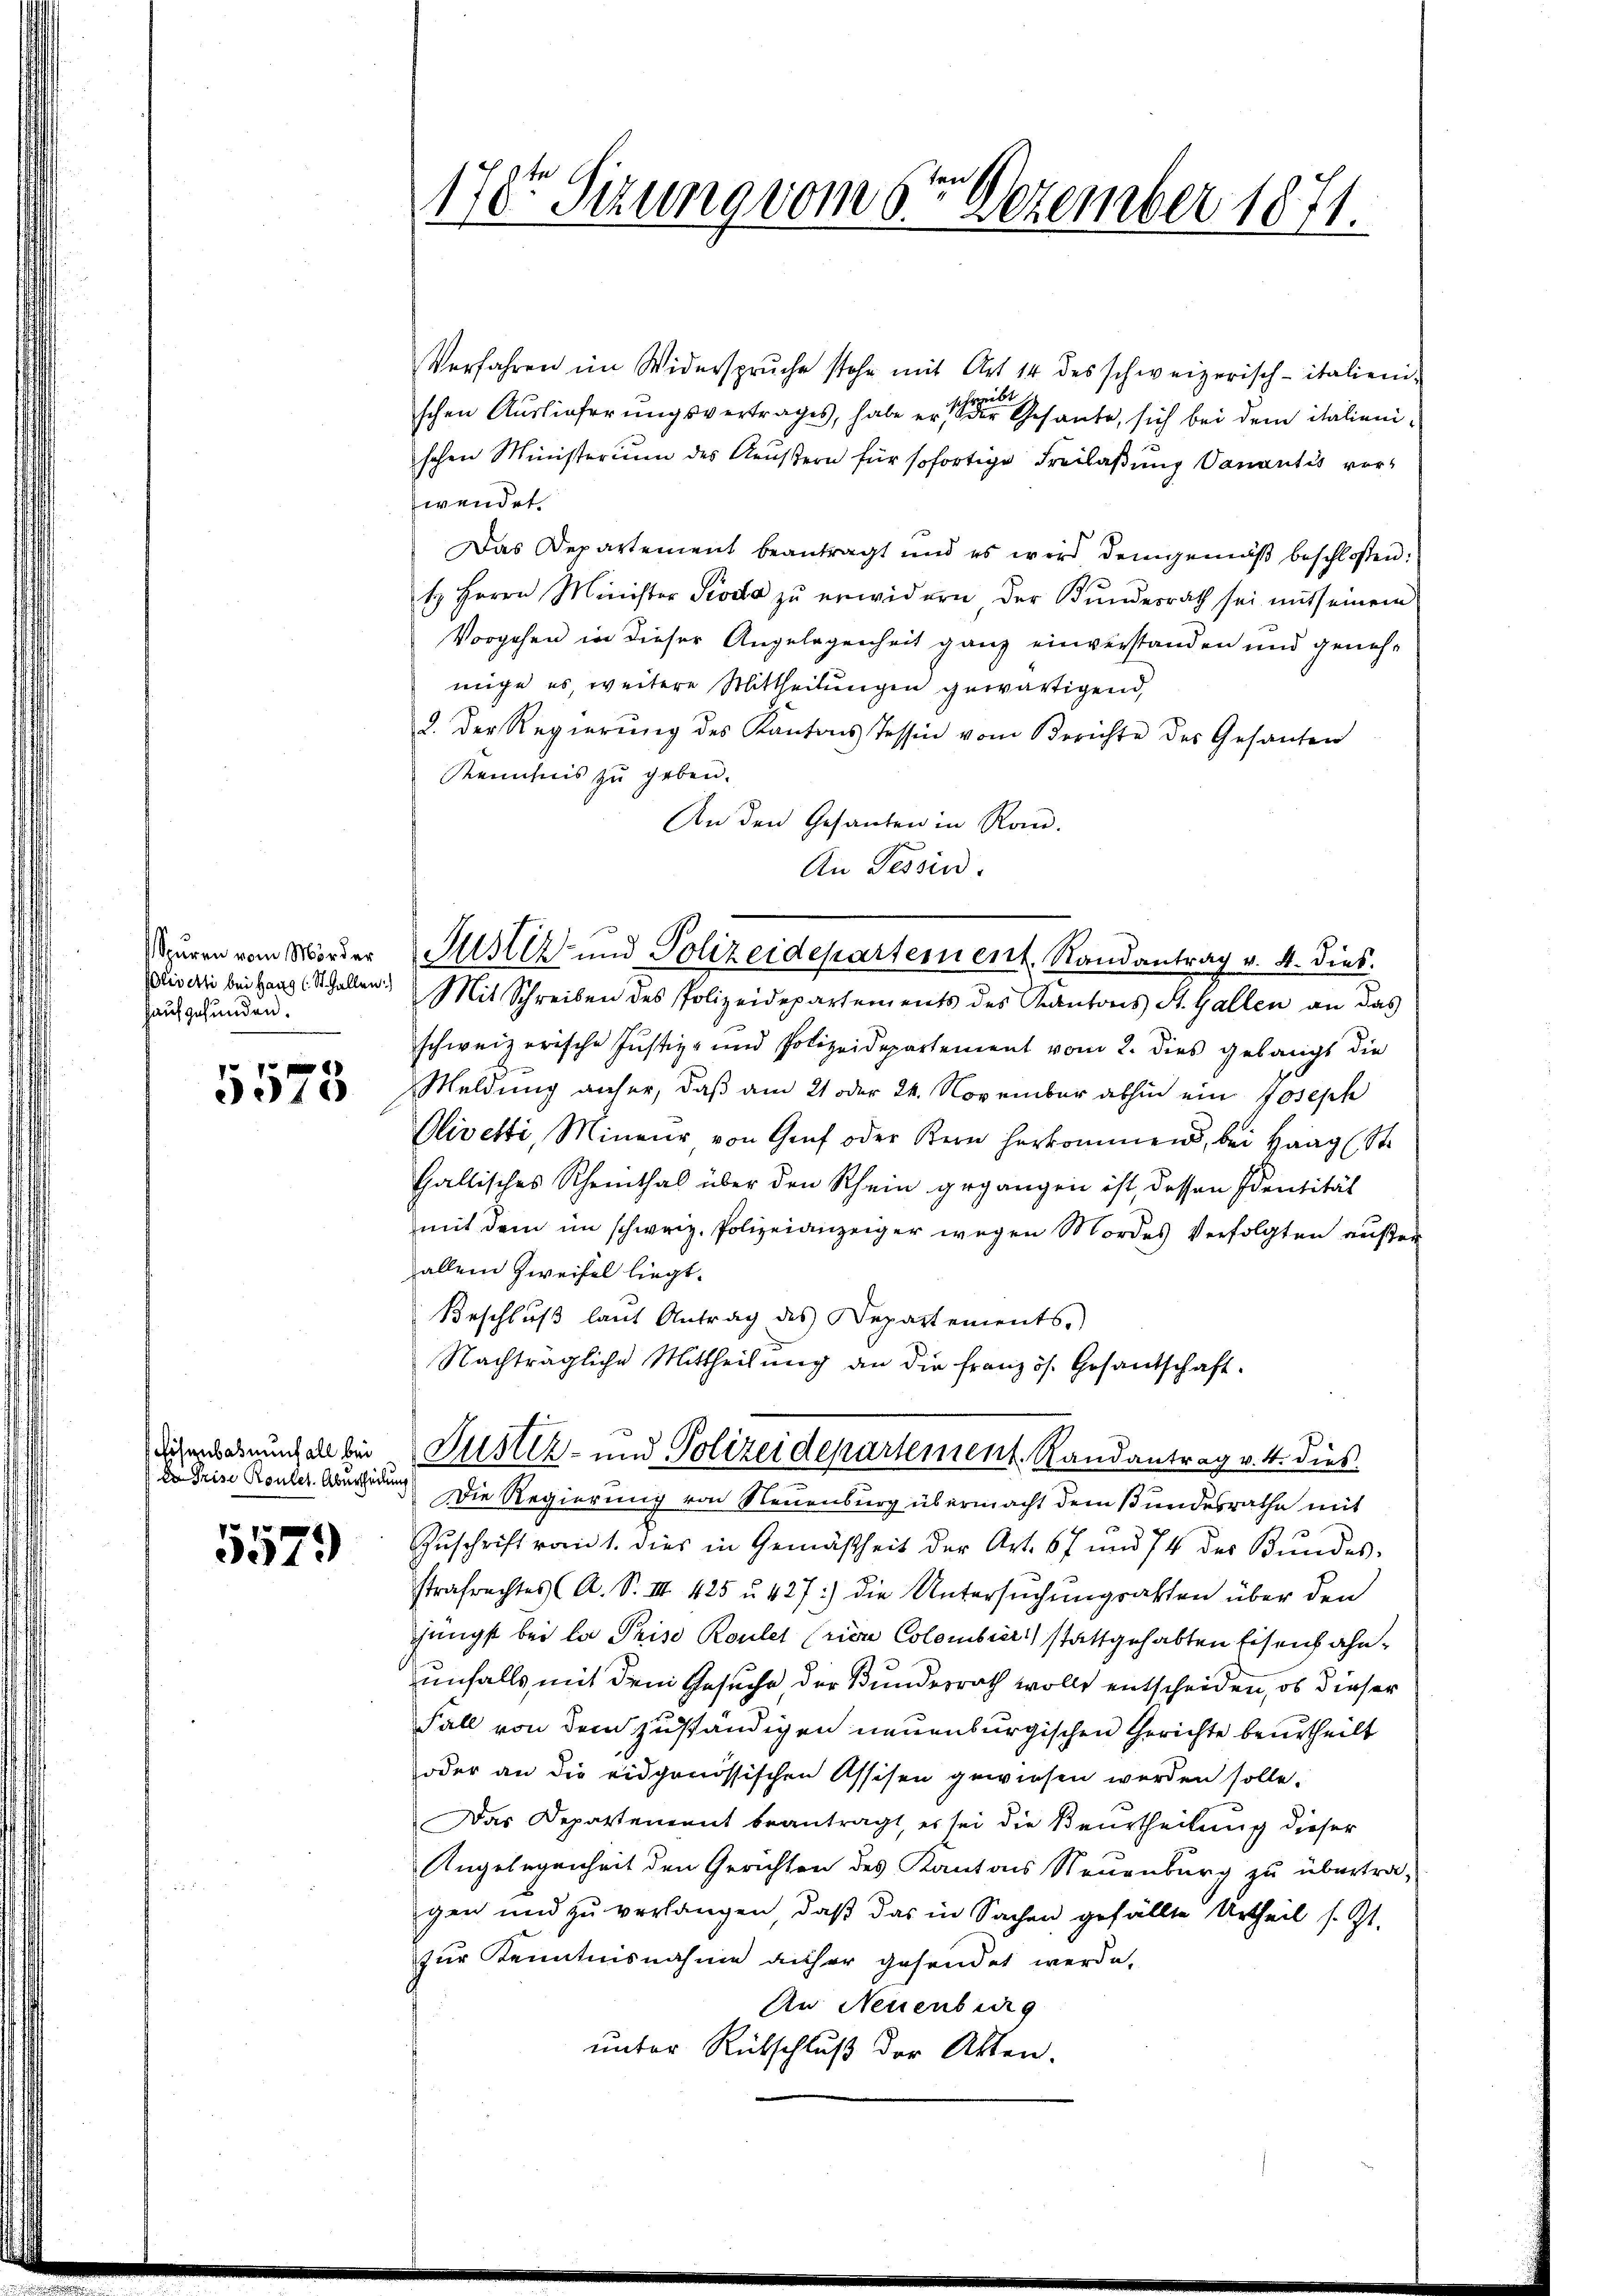
Spuren vom Mörder
haus gefunden.

5575

Dn Prise Routes. Abertheilung

5579

Verfahren im Widerspruche stehe mit Art 14 des schweizerisch-italieni-
uhrgebe
schen Auslieferungsvertrages, habe er der Gesante, sich bei dem italienischen Ministerium des Aeußern für sofortige Freilaßung Vanantis vor-
wendet.
Das Departement beantragt und es wird demgemäß beschlossen:
t Herrn Minister Pioda zu erwidern, der Bundesrath sei mit seinem
Vorgehen in dieser Angelegenheit ganz einverstanden und genehmige es, weitere Mittheilungen gewärtigend,
2. Der Regierung des Kantons Tessin vom Berichte des Gesanten
Reichnis zu geben.
An den Gesanten in Ran
An Tessind.
Justiz- und Polizeidepartement. Randantrag v. 4. dies
Briverti bei Haag (St. Gallen. Mit Schreiben des Polizeidepartements des Kantons St. Gallen an das
schweizerische Justiz- und Polizeidepartement vom 2. dies gelangt die
Meldung anher, daß am 21 oder 24. November abhin ein Joseph
Olivelti, Mineur von Genf oder Kern herkommen, bei Haag (St
Gallisches Rheinthal über den Rhein gegangen ist, dessen Identität
mit dem im schweiz. Polizeianzeiger wegen Mordes Verfolgten außer
allein Zweifel liegt.
Beschlŭβ laŭt Antrag des Departements,
Nachträgliche Mittheilung an die Französ. Gesantschaft.

178r Sizung vom 6ten Dezember 1871.

Disenbahnung dabei Justiz- und Polizeidepartement. Randantrag v. 4. dies

Die Regierung von Neuenburg übermacht dem Bundesrathe mit
Zuschrift vom 1. dies in Gemäßheit der Art. 67 und 74 der Bundes-
strafrechtes (A. S. III 425 u. 427) die Untersuchungsakten über den
jüngst bei la Prise Rouler (rica Colembier) stattgehabten Eisenhahnunfalls mit dem Gesuche der Bundesrath wolle entscheiden, ob dieser
Fall von dem zuständigen neuenburgischen Gerichte beurtheilt
oder an die eidgenössischen Assisen gewiesen werden solle.
Das Departement beantragt, es sei die Beurtheilung dieser
Angelegenheit den Gerichten des Kantons Neuenburg zu übertragen und zu verlangen, daß das in Sachen gefällte Urtheil s. Zt.
zur Kenntnisnahme anher gesendet werde,
An Neuenburg
unter Rütschluß der Akten.